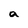
Character: a